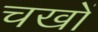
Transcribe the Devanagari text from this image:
चखों